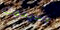
وسيموت